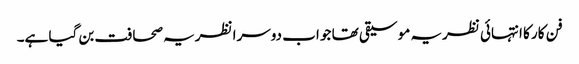
فن کار کا انتہائی نظریہ موسیقی تھا جو اب دوسرا نظریہ صحافت بن گیا ہے۔